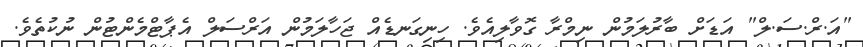
"އަ.ރް.ސަ.ލް" އަޑަށް ބާރުލަމުން ނިމްރާ ގޮވާލިއެވެ. ހިނިގަނޑެއް ޖަހާލަމުން އަރްސަލް އެޕާޓްމެންޓުން ނުކުތެވެ.